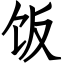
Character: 饭